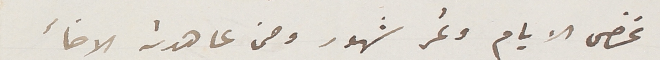
تمضى الايام وتمر شهور ومن عاهدته الاخأ